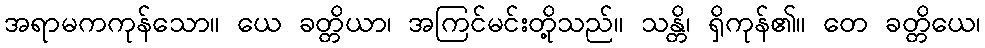
အရာမကကုန်သော။ ယေ ခတ္တိယာ၊ အကြင်မင်းတို့သည်။ သန္တိ၊ ရှိကုန်၏။ တေ ခတ္တိယေ၊